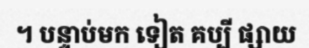
។ បន្ទាប់មក ទៀត គប្បី ផ្សាយ